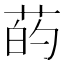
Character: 菂